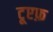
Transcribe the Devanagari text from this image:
टूएफ़